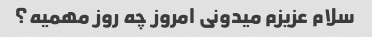
سلام عزیزم میدونی امروز چه روز مهمیه؟